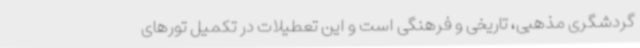
گردشگری مذهبی، تاریخی و فرهنگی است و این تعطیلات در تکمیل تورهای